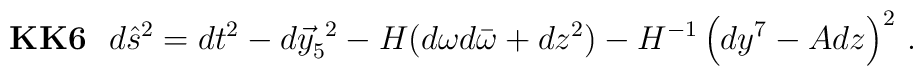
{\bf KK6}\,\,\,\,d\hat{s}^{2} = dt^{2}-d\vec{y}^{\ 2}_{5}-H(d\omega d\bar{\omega} +dz^{2}) -H^{-1}\left(dy^{7} -Adz \right)^{2}\, .